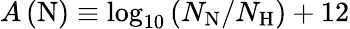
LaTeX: A\left(\mathrm{N}\right){}\equiv\log_{10}\left(N_{\mathrm{N}}/N_{\mathrm{H}}\right)+12